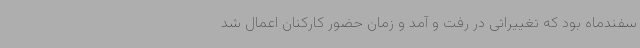
سفندماه بود که تغییراتی در رفت و آمد و زمان حضور کارکنان اعمال شد